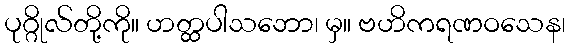
ပုဂ္ဂိုလ်တို့ကို။ ဟတ္ထပါသဘော၊ မှ။ ဗဟိကရဏဝသေန၊